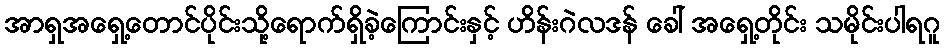
အာရှအရှေ့တောင်ပိုင်းသို့ရောက်ရှိခဲ့ကြောင်းနှင့် ဟိန်းဂဲလဒန် ခေါ် အရှေ့တိုင်း သမိုင်းပါရဂူ